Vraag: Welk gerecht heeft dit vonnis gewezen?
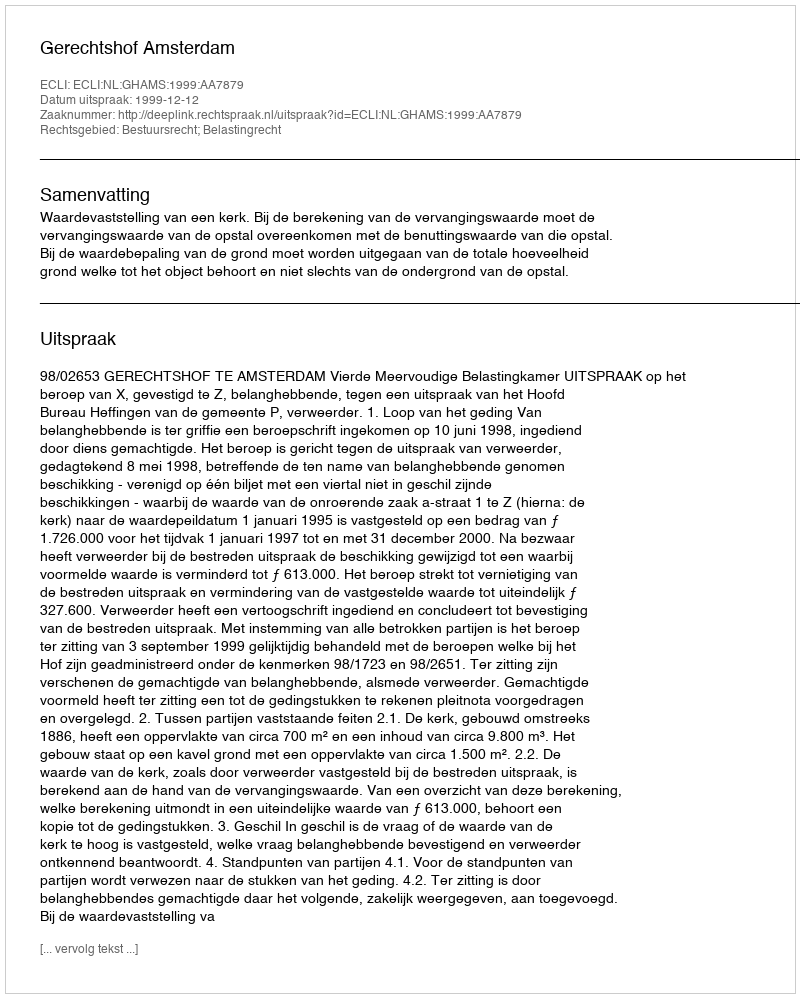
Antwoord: Gerechtshof Amsterdam